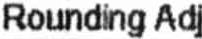
ROUNDING ADJ